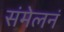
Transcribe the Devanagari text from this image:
संमेलनं